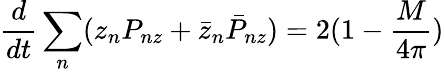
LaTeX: \frac{d}{dt}\sum_{n}(z_{n}P_{nz}+\bar{z}_{n}\bar{P}_{nz})=2(1-\frac{M}{4\pi})